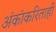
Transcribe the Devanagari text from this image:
अंकांकरिताही